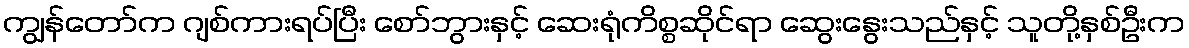
ကျွန်တော်က ဂျစ်ကားရပ်ပြီး စော်ဘွားနှင့် ဆေးရုံကိစ္စဆိုင်ရာ ဆွေးနွေးသည်နှင့် သူတို့နှစ်ဦးက